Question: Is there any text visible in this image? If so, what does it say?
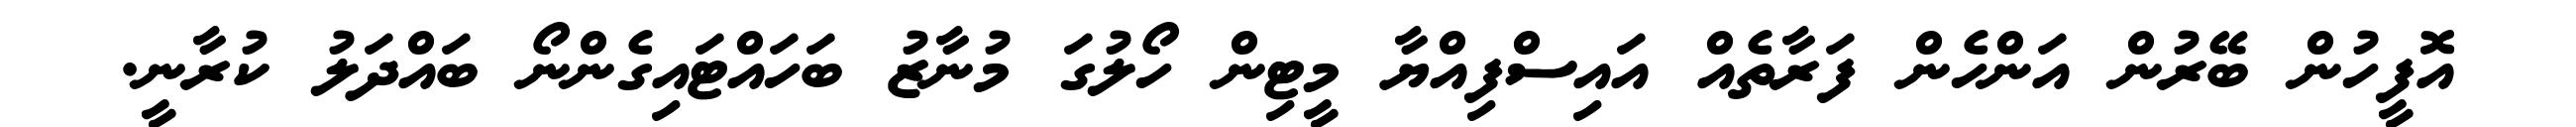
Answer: އޮފީހުން ބޭރުން އަންހެން ފަރާތެއް އައިސްފިއްޔާ މީޓިން ހޯލުގަ މުނާޒު ބަހައްޓައިގެންނޯ ބައްދަލު ކުރާނީ.